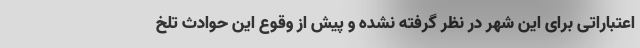
اعتباراتی برای این شهر در نظر گرفته نشده و پیش از وقوع این حوادث تلخ